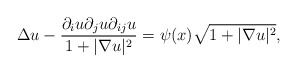
\begin{align*}\Delta u-\frac{\partial_iu\partial_ju\partial_{ij}u}{1+|\nabla u|^2}=\psi(x)\sqrt{1+|\nabla u|^2},\end{align*}